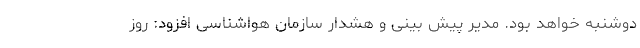
دوشنبه خواهد بود. مدیر پیش بینی و هشدار سازمان هواشناسی افزود: روز